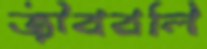
জীববলি